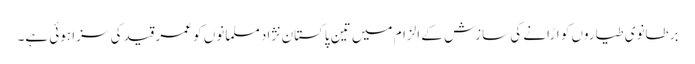
برطانوی طیاروں کو اڑانے کی سازش کے الزام میں تین پاکستان نژاد مسلمانوں کو عمر قید کی سزا ہوئی ہے۔